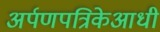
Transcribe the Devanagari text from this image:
अर्पणपत्रिकेआधी